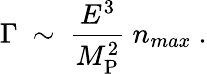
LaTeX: \Gamma~\sim~{\frac{E^{3}}{M_{\mathrm{P}}^{2}}}~n_{max}~.